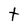
Character: t